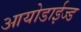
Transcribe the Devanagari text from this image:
आयोडाईज्ड